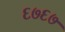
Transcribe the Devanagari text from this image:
६७६७